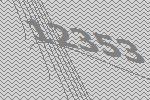
12353